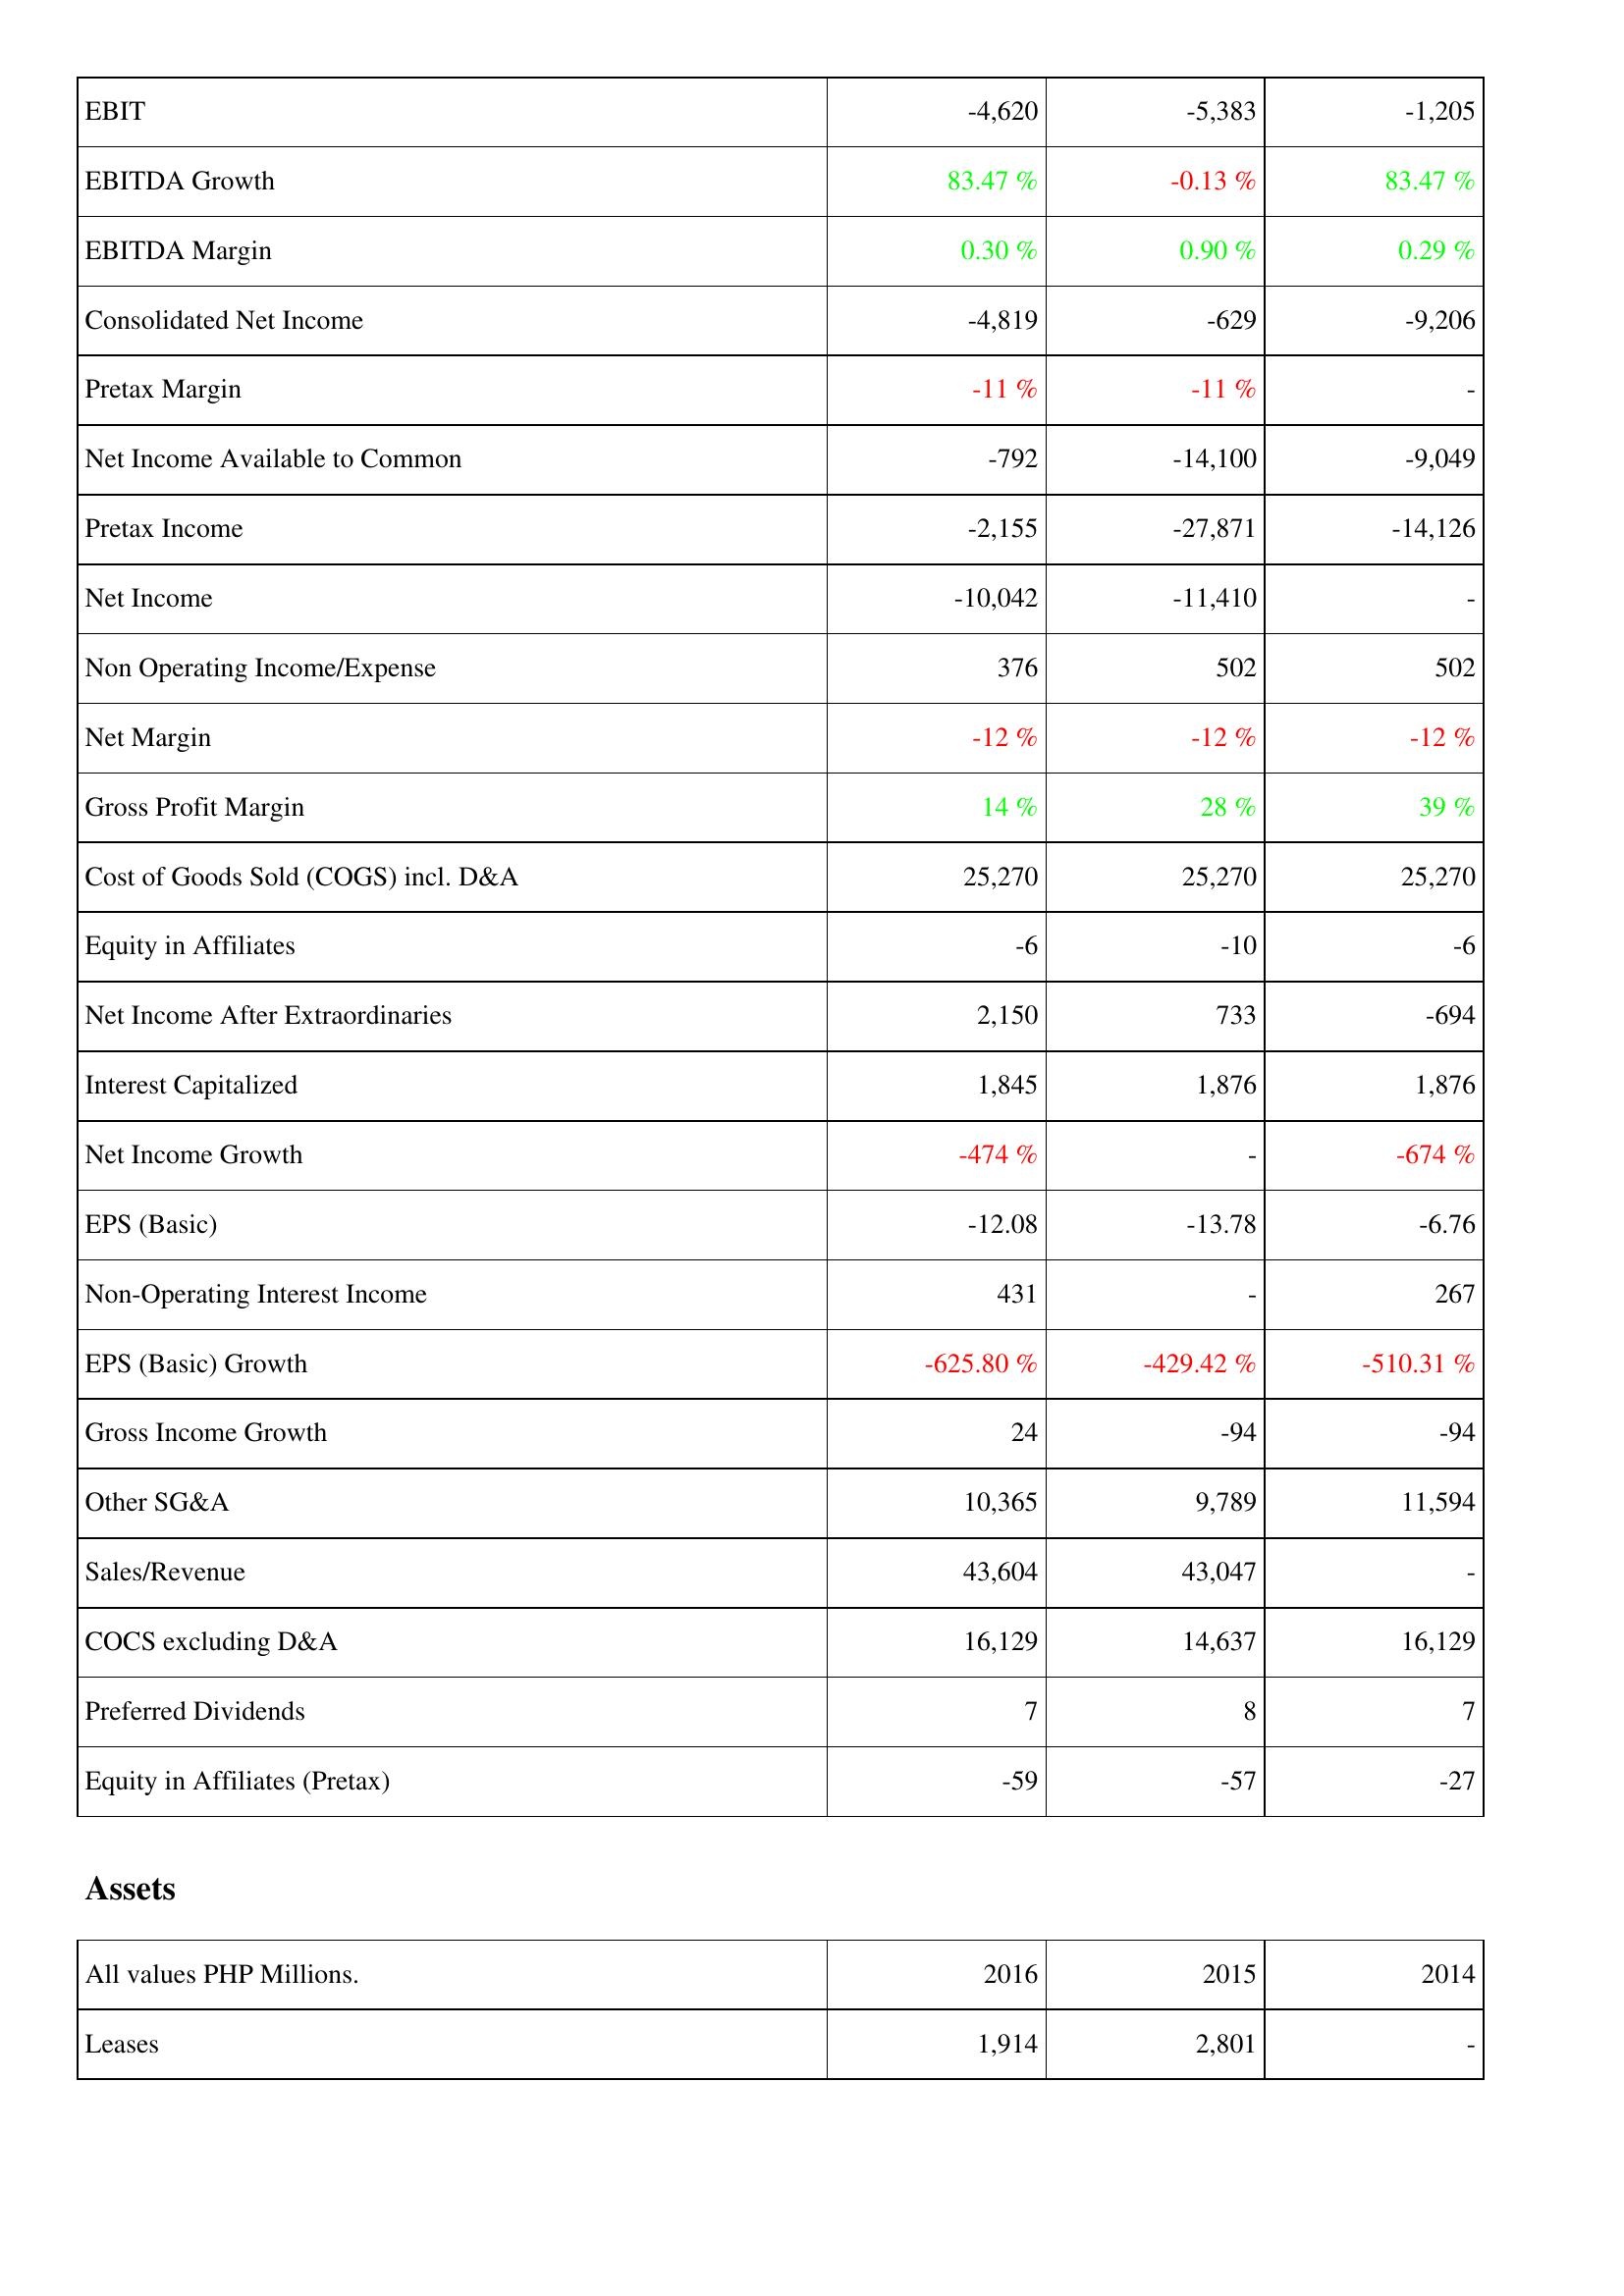
2016: Income Statement: EBIT: -4,620
EBITDA Growth: 83.47 %
EBITDA Margin: 0.30 %
Consolidated Net Income: -4,819
Pretax Margin: -11 %
Net Income Available to Common: -792
Pretax Income: -2,155
Net Income: -10,042
Non Operating Income/Expense: 376
Net Margin: -12 %
Gross Profit Margin: 14 %
Cost of Goods Sold (COGS) incl. D&A: 25,270
Equity in Affiliates: -6
Net Income After Extraordinaries: 2,150
Interest Capitalized: 1,845
Net Income Growth: -474 %
EPS (Basic): -12.08
Non-Operating Interest Income: 431
EPS (Basic) Growth: -625.80 %
Gross Income Growth: 24
Other SG&A: 10,365
Sales/Revenue: 43,604
COCS excluding D&A: 16,129
Preferred Dividends: 7
Equity in Affiliates (Pretax): -59
Assets: Leases: 1,914
2015: Income Statement: EBIT: -5,383
EBITDA Growth: -0.13 %
EBITDA Margin: 0.90 %
Consolidated Net Income: -629
Pretax Margin: -11 %
Net Income Available to Common: -14,100
Pretax Income: -27,871
Net Income: -11,410
Non Operating Income/Expense: 502
Net Margin: -12 %
Gross Profit Margin: 28 %
Cost of Goods Sold (COGS) incl. D&A: 25,270
Equity in Affiliates: -10
Net Income After Extraordinaries: 733
Interest Capitalized: 1,876
Net Income Growth: -
EPS (Basic): -13.78
Non-Operating Interest Income: -
EPS (Basic) Growth: -429.42 %
Gross Income Growth: -94
Other SG&A: 9,789
Sales/Revenue: 43,047
COCS excluding D&A: 14,637
Preferred Dividends: 8
Equity in Affiliates (Pretax): -57
Assets: Leases: 2,801
2014: Income Statement: EBIT: -1,205
EBITDA Growth: 83.47 %
EBITDA Margin: 0.29 %
Consolidated Net Income: -9,206
Pretax Margin: -
Net Income Available to Common: -9,049
Pretax Income: -14,126
Net Income: -
Non Operating Income/Expense: 502
Net Margin: -12 %
Gross Profit Margin: 39 %
Cost of Goods Sold (COGS) incl. D&A: 25,270
Equity in Affiliates: -6
Net Income After Extraordinaries: -694
Interest Capitalized: 1,876
Net Income Growth: -674 %
EPS (Basic): -6.76
Non-Operating Interest Income: 267
EPS (Basic) Growth: -510.31 %
Gross Income Growth: -94
Other SG&A: 11,594
Sales/Revenue: -
COCS excluding D&A: 16,129
Preferred Dividends: 7
Equity in Affiliates (Pretax): -27
Assets: Leases: -